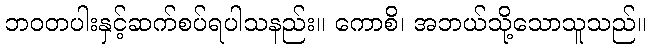
ဘဝတပါးနှင့်ဆက်စပ်ရပါသနည်း။ ကောစိ၊ အဘယ်သို့သောသူသည်။